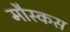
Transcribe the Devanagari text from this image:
मौस्कस